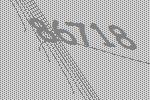
86718